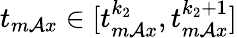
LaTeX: t_{m\mathcal{A}x}\in[t_{m\mathcal{A}x}^{k_{2}},t_{m\mathcal{A}x}^{k_{2}+1}]